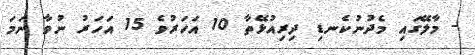
- މާލޭގައި މެދުނުކެނޑި ދިރިއުޅޭތާ 10 އަހަރުވެ 15 އަހަރު ނުވާ ނަމަ